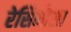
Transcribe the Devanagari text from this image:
रेसिमोसा